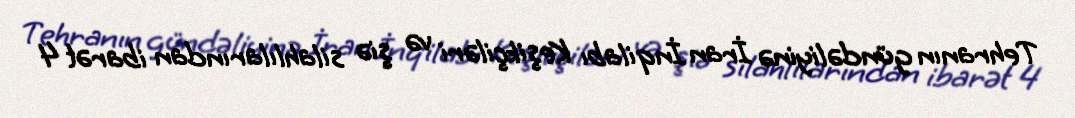
Tehranın gündəliyinə İran İnqilabı Keşikçiləri və şiə silahlılarından ibarət 4